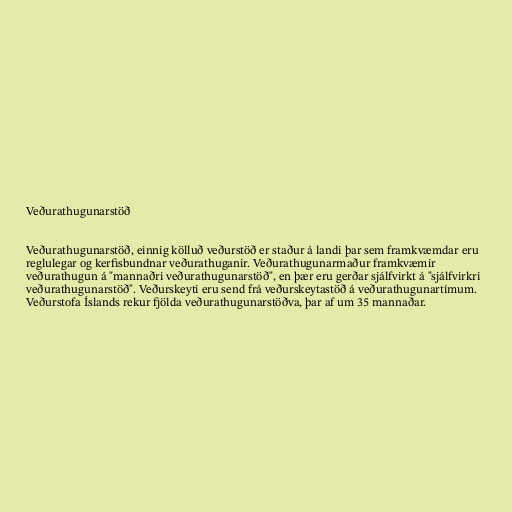
Veðurathugunarstöð

Veðurathugunarstöð, einnig kölluð veðurstöð er staður á landi þar sem framkvæmdar eru
reglulegar og kerfisbundnar veðurathuganir. Veðurathugunarmaður framkvæmir
veðurathugun á "mannaðri veðurathugunarstöð", en þær eru gerðar sjálfvirkt á "sjálfvirkri
veðurathugunarstöð". Veðurskeyti eru send frá veðurskeytastöð á veðurathugunartímum.
Veðurstofa Íslands rekur fjölda veðurathugunarstöðva, þar af um 35 mannaðar.